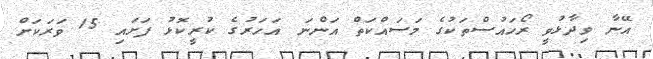
އޭނާ ވިދާޅުވީ ރޯހައުސްތަކުގެ މަސައްކަތް އަންނަ އަހަރުގެ ކުރީކޮޅު ފަށައި 15 ވަރަކަށް